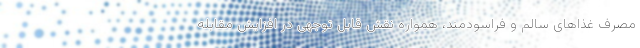
مصرف غذاهای سالم و فراسودمند، همواره نقش قابل توجهی در افزایش مقابله